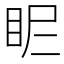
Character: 𥄿